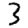
Digit: 3